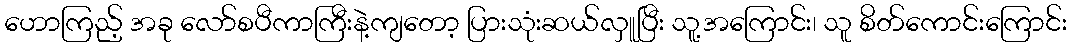
ဟောကြည့် အခု လော်စပီကာကြီးနဲ့ကျတော့ ပြားသုံးဆယ်လှူပြီး သူ့အကြောင်း၊ သူ စိတ်ကောင်းကြောင်း